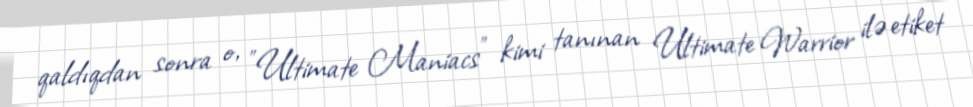
qaldıqdan sonra o, "Ultimate Maniacs" kimi tanınan Ultimate Warrior ilə etiket